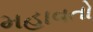
મહાવતો